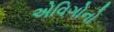
એવિગોનો